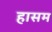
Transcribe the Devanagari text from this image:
हासम